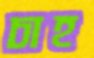
চাহ